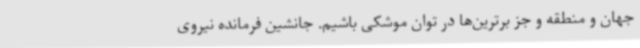
جهان و منطقه و جز برترین‌ها در توان موشکی باشیم. جانشین فرمانده نیروی